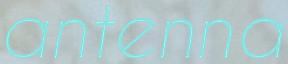
antenna